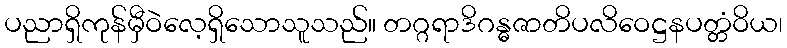
ပညာရှိကုန်မှီဝဲလေ့ရှိသောသူသည်။ တဂ္ဂရာဒိဂန္ဓဇာတိပလိဝေဋ္ဌနပတ္တံဝိယ၊